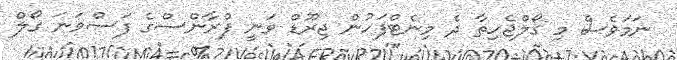
ނަމަވެސް މި ގޯލްޖެހިތާ ދެ މިނެޓްފަހުން ޖިރޫޑް ވަނީ ފްރާންސްގެ ފަސްވަނަ ގޯލް